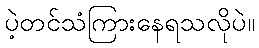
ပဲ့တင်သံကြားနေရသလိုပဲ။